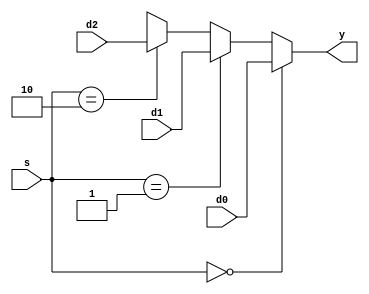
module mux_3_1_if (
	input      [1:0] s,
	input      [2:0] d0,
	input      [2:0] d1,
	input      [2:0] d2,
	output reg [2:0] y
);

always @(*) begin
	if (s == 2'b00) begin
		y = d0; 
	end
	else if (s == 2'b01) begin
		y = d1; 
	end
	else if (s == 2'b10) begin
		y = d2; 
	end
	else begin
		y = 3'bxxx; 
	end
end

endmodule